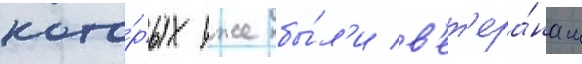
кото́рых уже бы́л'и в'ет'ера́нам